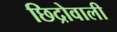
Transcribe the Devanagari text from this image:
छिद्रोवाली